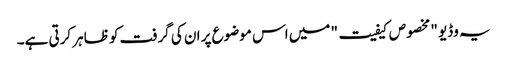
یہ وڈیو "مخصوص کیفیت" میں اس موضوع پر ان کی گرفت کو ظاہر کرتی ہے۔